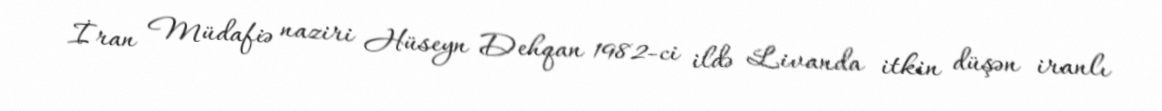
İran Müdafiə naziri Hüseyn Dehqan 1982-ci ildə Livanda itkin düşən iranlı